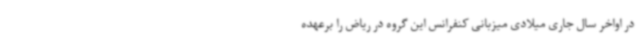
در اواخر سال جاری میلادی میزبانی کنفرانس این گروه در ریاض را برعهده